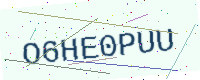
Text: O6HE0PUU